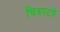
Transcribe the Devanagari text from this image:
चित्रपटचे